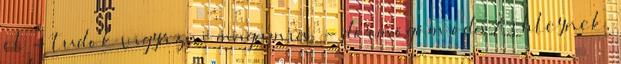
el - tudok vigyázni magamra. - dörmögöm oda Ashleynek,